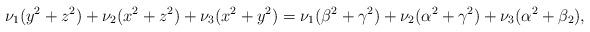
LaTeX: \begin{align*}\nu_1(y^2+z^2)+\nu_2(x^2+z^2)+\nu_3(x^2+y^2)=\nu_1(\beta^2+\gamma^2)+\nu_2(\alpha^2+\gamma^2)+\nu_3(\alpha^2+\beta_2),\end{align*}